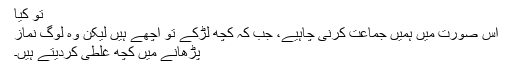
تو کیا
اس صورت میں ہمیں جماعت کرنی چاہیے، جب کہ کچھ لڑکے تو اچھے ہیں لیکن وہ لوگ نماز
پڑھانے میں کچھ غلطی کردیتے ہیں۔